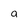
Character: a